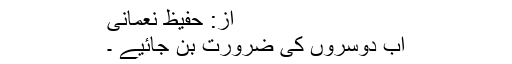
از: حفیظ نعمانی
اب دوسروں کی ضرورت بن جائیے ۔